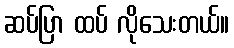
ဆပ်ပြာ ထပ် လိုသေးတယ်။